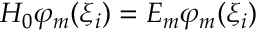
H _ { 0 } \varphi _ { m } ( \xi _ { i } ) = { \cal E } _ { m } \varphi _ { m } ( \xi _ { i } )